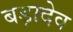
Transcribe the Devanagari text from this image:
बड़ादेव